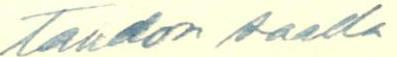
tahdon saada